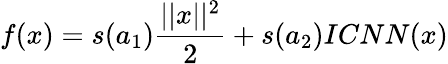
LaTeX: f(x)=s(a_{1})\frac{||x||^{2}}{2}+s(a_{2})ICNN(x)